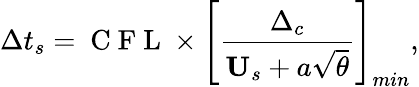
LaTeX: \Delta t_{s}=\mathrm{~C~F~L~}\times\left[\frac{\Delta_{c}}{\textbf{U}_{s}+a\sqrt{\theta}}\right]_{min},